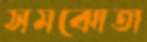
সমঝোতা